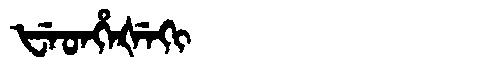
Manchu: ᡶᡝᡨᡥᡝᡧᡝᡴᡳ
Romanization: FETHEŠEKI